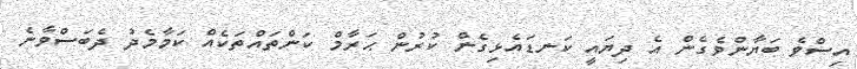
އިސްވެ ބަޔާންވެގެން އެ ދިޔައީ ކަނޑައެޅިގެން ކުރުން ޙަރާމް ކަންތައްތަކެއް ކަމާމެދު ދެބަސްވާނެ